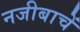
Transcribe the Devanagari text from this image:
नजीबाचें